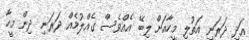
އަދި ދަރަނި އަތުލި މީހާއަށް ލިބޭ އެއްވެސް ގެއްލުމެއް ދަރަނި ދިން މީހާ